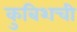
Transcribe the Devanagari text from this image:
कुबिशची